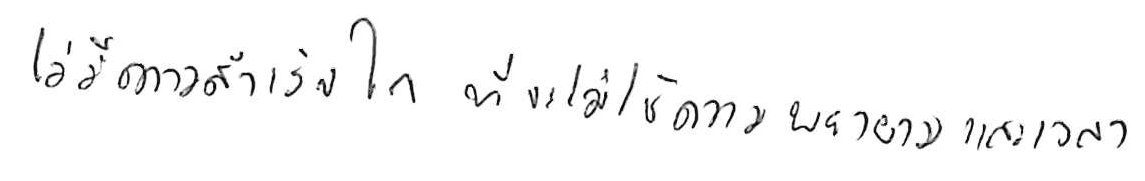
ไม่มีความสำเร็จใด ที่จะไม่ใช้ความพยายามและเวลา